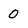
Character: 0